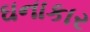
ઘનાકાર